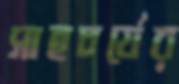
সাহচর্যের